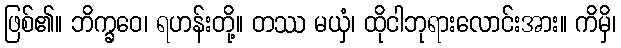
ဖြစ်၏။ ဘိက္ခဝေ၊ ရဟန်းတို့။ တဿ မယှံ၊ ထိုငါဘုရားလောင်းအား။ ကိမှိ၊